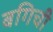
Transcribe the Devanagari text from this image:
बगिची